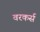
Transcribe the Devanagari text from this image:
वरकर्स